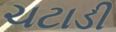
ચટાડી